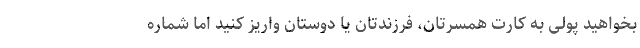
بخواهید پولی به کارت همسرتان، فرزندتان یا دوستان واریز کنید اما شماره